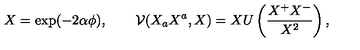
X = \exp ( - 2 \alpha \phi ) , \qquad \mathcal { V } ( X _ { a } X ^ { a } , X ) = X U \left( \frac { X ^ { + } X ^ { - } } { X ^ { 2 } } \right) ,